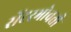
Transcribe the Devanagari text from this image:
सेंटरभोवती